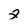
Character: 2